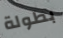
بطولة